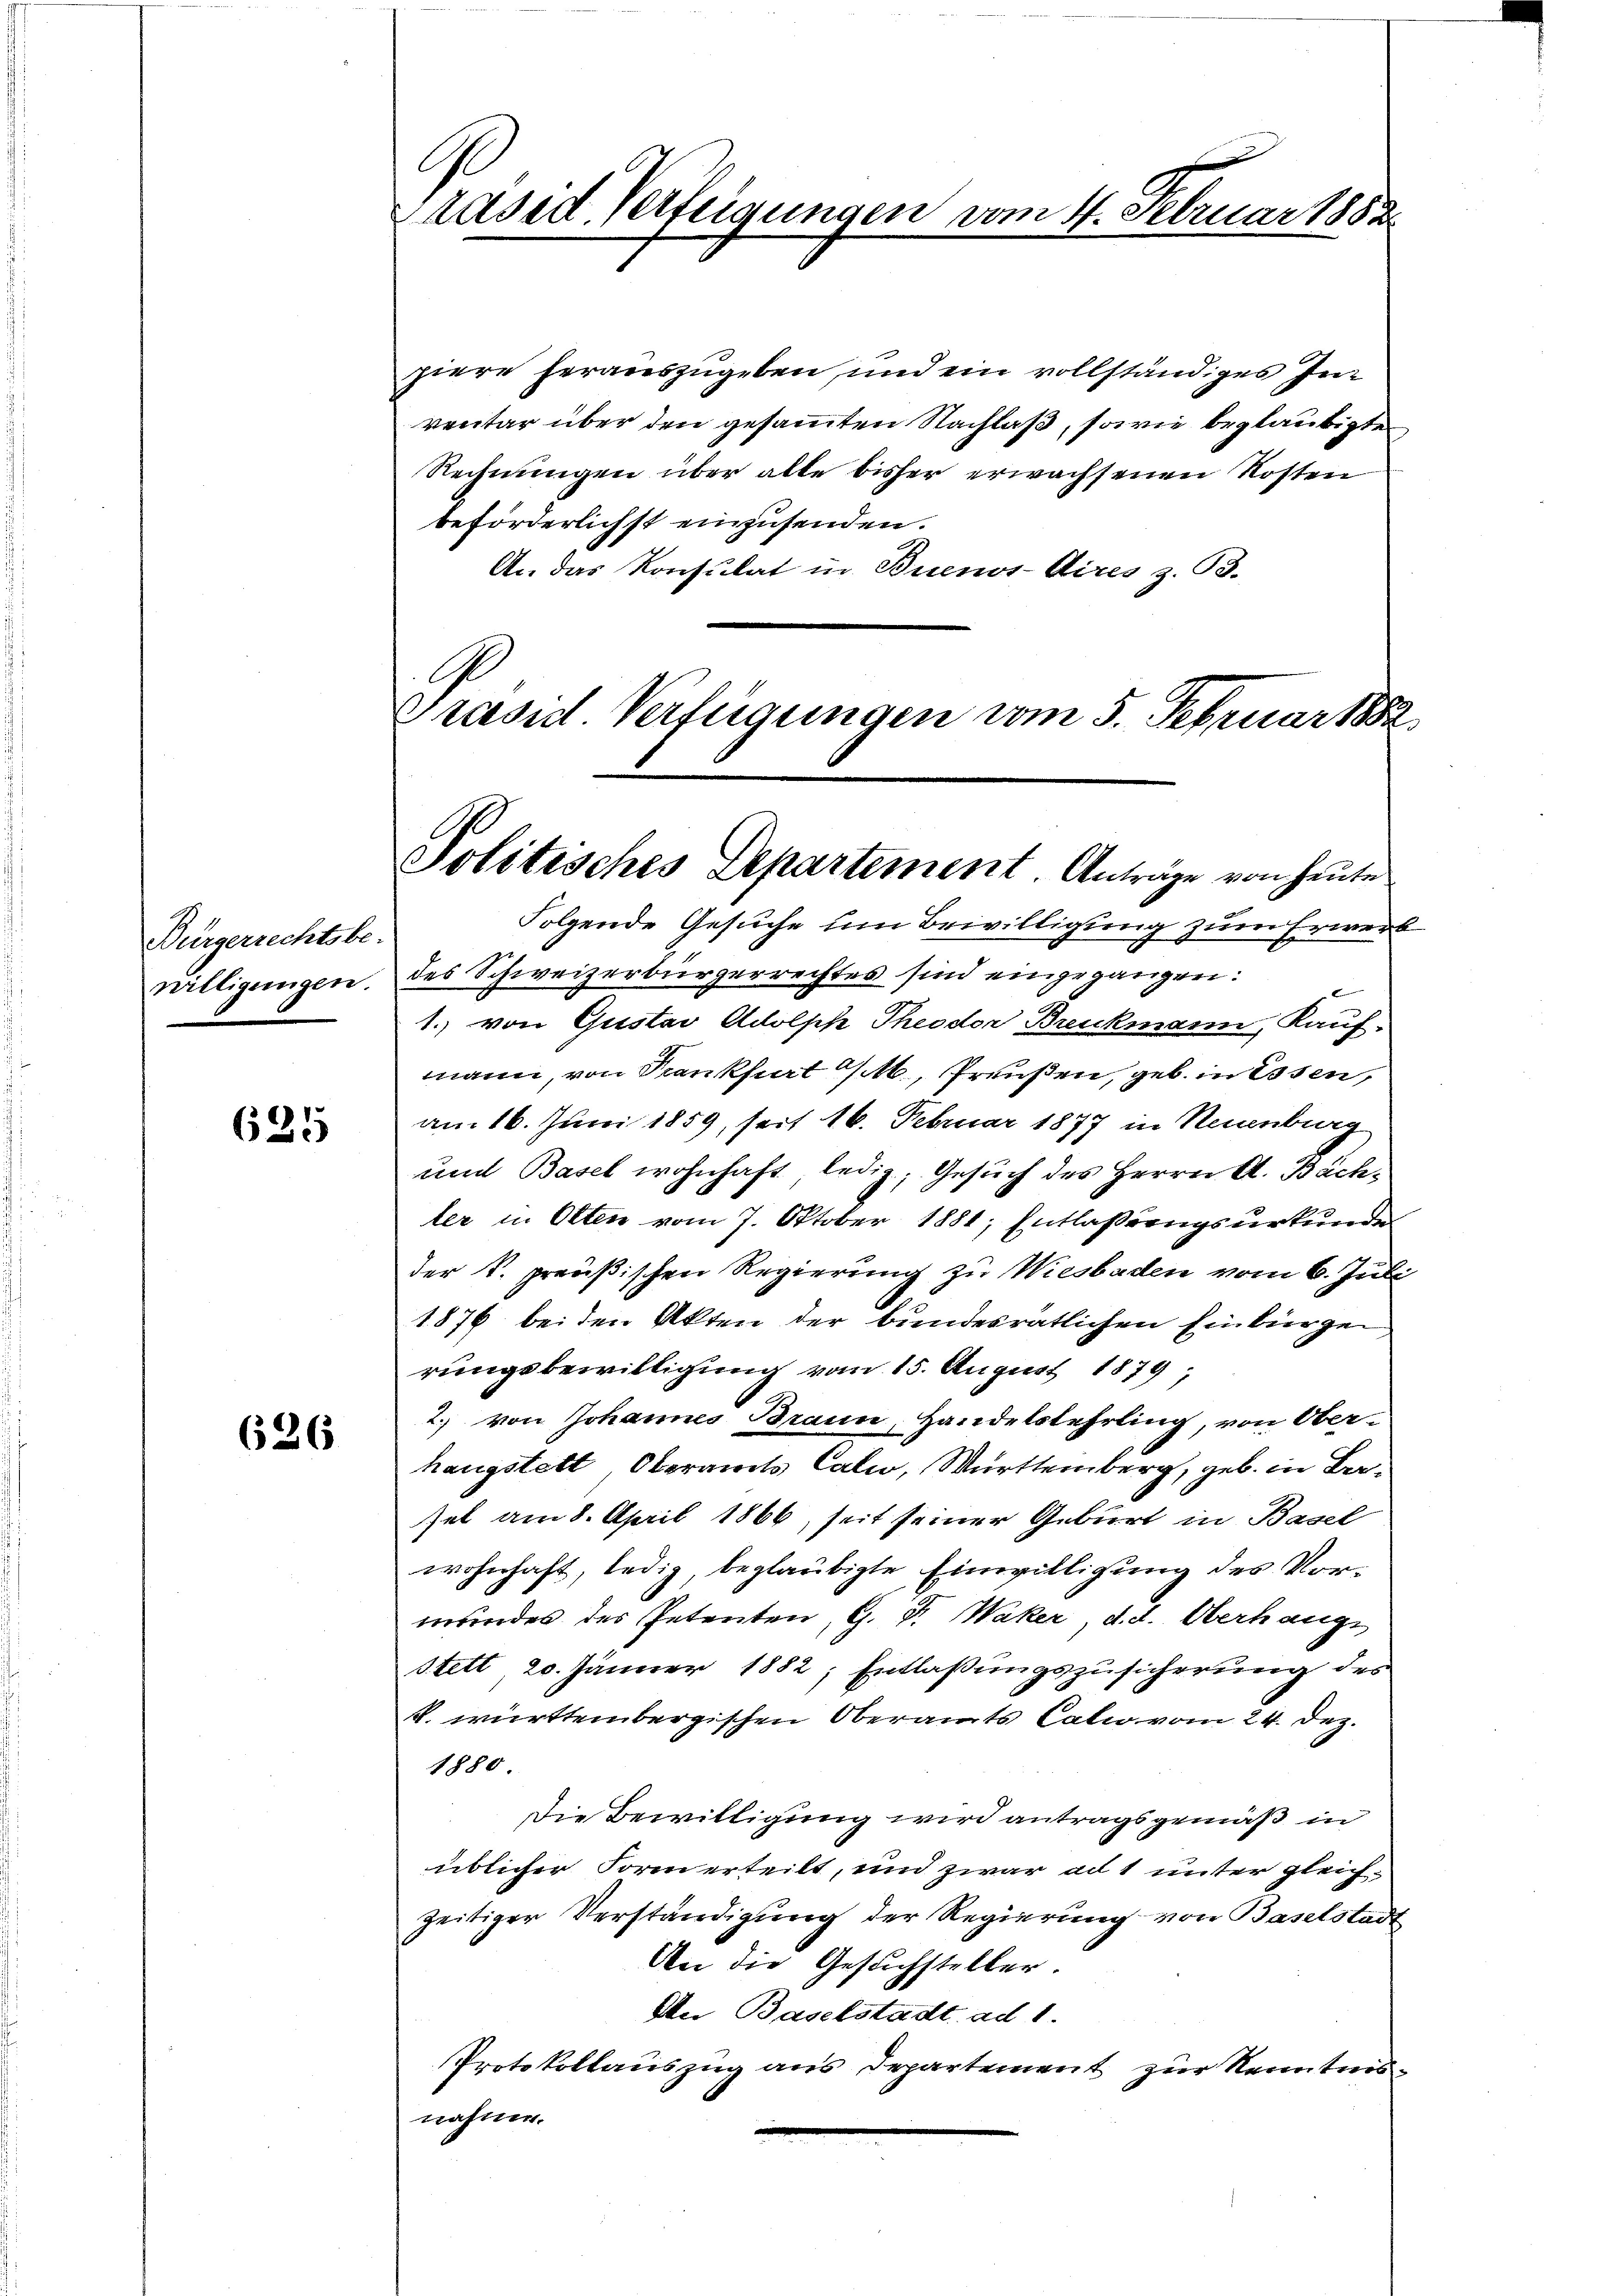
Bürgerrechtsbe-
willigungen.

625

626

Präsid. Verfeigungen vom 4. Februar 188.

piere herauszugeben, und ein vollständiges In
ventar über den gesammten Nachlaß, sowie beglaubigten
Rechnungen über alte bisher erwachsenen Kosten
beförderlichst einzusenden.
An das Konsulat in Buenos-Aires z. 53.

Präsid. Verfügungen vom 5. Februar 1882

Politisches Departement. Anträge von heute

Folgende Gesuche um Bewilligung zum Erwerdes Schweizerbürgerrechtes sind eingegangen:
1. von Gustav Adolph Theodor Breukmann, Kauf-
mann, von Krankfurt , Preußen, geb. in Essen,
am 16. Juni 1859, seit 16. Februar 1877 in Neuenburg
und Basel wohnhaft, ledig, Gesuch des Herrn A. Bächler in Olten vom 7. Oktober 1881; Entlaßungsurkunde
der k. preußischen Regierung zu Wiesbaden vom 6. Jul
1876 beiden Akten der bundesratlichen Einbürgen
rungsbewilligung vom 15. August 1879;
2. von Johannes Brann, Handelslehrling, von Ober-
hangstett, Oberamts Cali, Württemberg, geb. in Besel am 8. April 1866, seit seiner Geburt in Basel
wohnhaft, ledig, beglaubigte Einwilligung des Vormundes des Petenten, G. P. Waker, d. d. Oberhangs
Stett 20. Jänner 1882, Entlaßungszusicherung des
V. württembergischen Oberamts Catio vom 24. Dez.
1880.
Die Bewilligung wird antragsgemäß in
üblicher Form erteilt, und zwar ad 1 unter gleichzeitiger Verständigung der Regierung von Baselstadt
An die Gesuchsteller.
An Baselstadt ad 1.
Protokollauszug aus Departement zur Nermten
nahme.